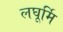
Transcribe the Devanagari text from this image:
लघूर्मि